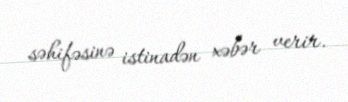
səhifəsinə istinadən xəbər verir.